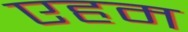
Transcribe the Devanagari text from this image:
एहम